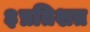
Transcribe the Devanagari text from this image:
३प्रतिशत